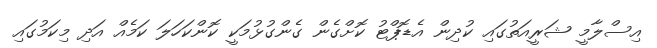
އިސްލާމީ ޝަރީއަތުގައި ކުދިން އެޑޮޕްޓު ކޮށްގެން ގެންގުޅުމަކީ ކޮންކަހަލަ ކަމެއް އަދި މިކަމުގައި